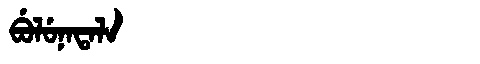
Manchu: ᠪᡠᠯᡠᠨᠠᡨᠠᠯᠠ
Romanization: BULUNATALA